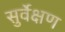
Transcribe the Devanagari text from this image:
सुर्वेक्षण